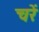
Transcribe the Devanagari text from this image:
चरें